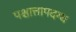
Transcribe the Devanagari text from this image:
पश्चात्तापदग्ध